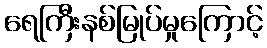
ရေကြီးနစ်မြုပ်မှုကြောင့်